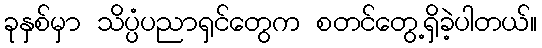
ခုနှစ်မှာ သိပ္ပံပညာရှင်တွေက စတင်တွေ့ရှိခဲ့ပါတယ်။